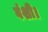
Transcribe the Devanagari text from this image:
वंशी।